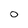
Character: O